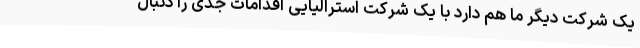
یک شرکت دیگر ما هم دارد با یک شرکت استرالیایی اقدامات جدی را دنبال